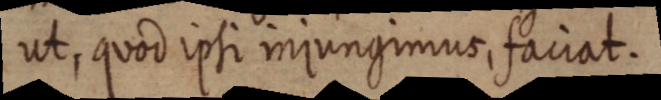
ut, quod ipsi injungimus, faciat.